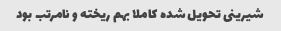
شیرینی تحویل شده کاملا بهم ریخته و نامرتب بود